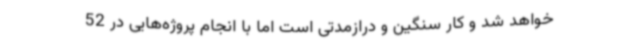
خواهد شد و کار سنگین و درازمدتی است اما با انجام پروژه‌هایی در 52